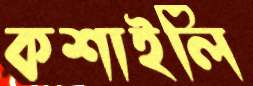
কশাইলি